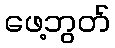
ဖေ့ဘွတ်